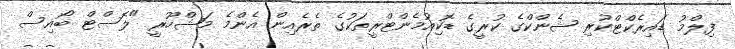
ފިލްމު ޑައިރެކްޓްކުރި ޝެންކްގެ ކުރީގެ ޑޮކިއުމެންޓްރީތަކުގެ ތެރެއިން އެންމެ މަޝްހޫރީ "ލޮސްޓް ބޯއިސް